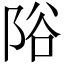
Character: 䧍